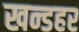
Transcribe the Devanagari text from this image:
खन्डहर